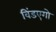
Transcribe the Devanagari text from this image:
विंडएगो